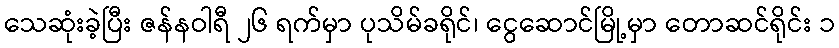
သေဆုံးခဲ့ပြီး ဇန်နဝါရီ ၂၆ ရက်မှာ ပုသိမ်ခရိုင်၊ ငွေဆောင်မြို့မှာ တောဆင်ရိုင်း ၁